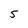
Character: 5